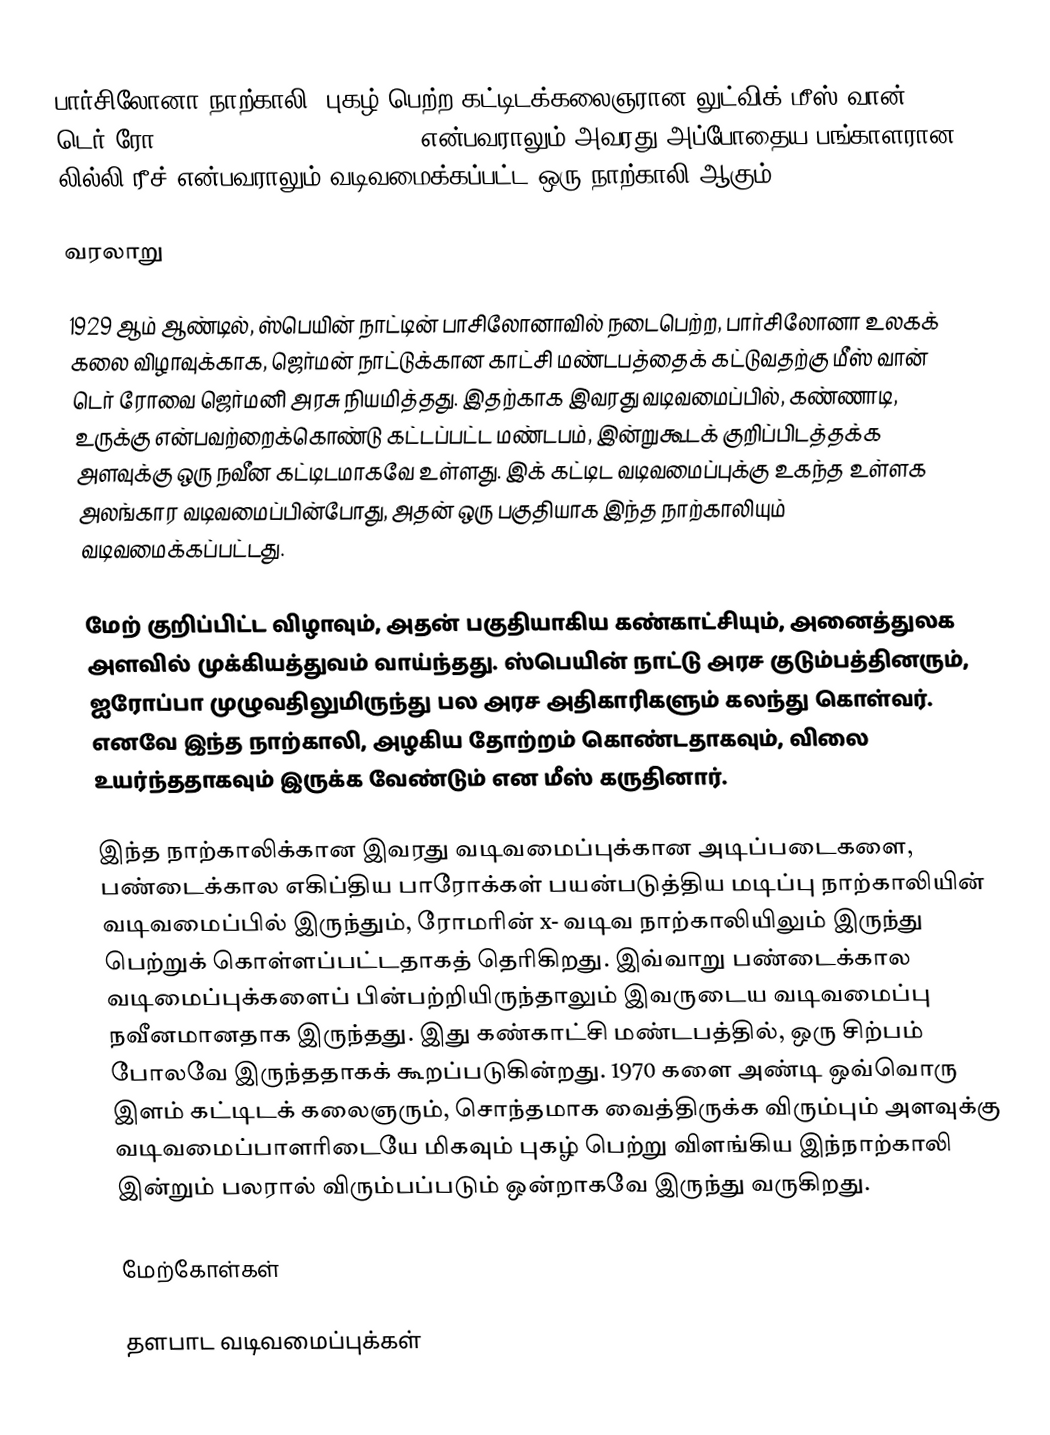
பார்சிலோனா நாற்காலி, புகழ் பெற்ற கட்டிடக்கலைஞரான லுட்விக் மீஸ் வான் டெர் ரோ (Ludwig Mies van der Rohe) என்பவராலும் அவரது அப்போதைய பங்காளரான லில்லி ரீச் என்பவராலும் வடிவமைக்கப்பட்ட ஒரு நாற்காலி ஆகும்.

வரலாறு

1929 ஆம் ஆண்டில், ஸ்பெயின் நாட்டின் பாசிலோனாவில் நடைபெற்ற, பார்சிலோனா உலகக் கலை விழாவுக்காக, ஜெர்மன் நாட்டுக்கான காட்சி மண்டபத்தைக் கட்டுவதற்கு மீஸ் வான் டெர் ரோவை ஜெர்மனி அரசு நியமித்தது. இதற்காக இவரது வடிவமைப்பில், கண்ணாடி, உருக்கு என்பவற்றைக்கொண்டு கட்டப்பட்ட மண்டபம், இன்றுகூடக் குறிப்பிடத்தக்க அளவுக்கு ஒரு நவீன கட்டிடமாகவே உள்ளது. இக் கட்டிட வடிவமைப்புக்கு உகந்த உள்ளக அலங்கார வடிவமைப்பின்போது, அதன் ஒரு பகுதியாக இந்த நாற்காலியும் வடிவமைக்கப்பட்டது.

மேற் குறிப்பிட்ட விழாவும், அதன் பகுதியாகிய கண்காட்சியும், அனைத்துலக அளவில் முக்கியத்துவம் வாய்ந்தது. ஸ்பெயின் நாட்டு அரச குடும்பத்தினரும், ஐரோப்பா முழுவதிலுமிருந்து பல அரச அதிகாரிகளும் கலந்து கொள்வர். எனவே இந்த நாற்காலி, அழகிய தோற்றம் கொண்டதாகவும், விலை உயர்ந்ததாகவும் இருக்க வேண்டும் என மீஸ் கருதினார்.

இந்த நாற்காலிக்கான இவரது வடிவமைப்புக்கான அடிப்படைகளை, பண்டைக்கால எகிப்திய பாரோக்கள் பயன்படுத்திய மடிப்பு நாற்காலியின் வடிவமைப்பில் இருந்தும், ரோமரின் x- வடிவ நாற்காலியிலும் இருந்து பெற்றுக் கொள்ளப்பட்டதாகத் தெரிகிறது. இவ்வாறு பண்டைக்கால வடிமைப்புக்களைப் பின்பற்றியிருந்தாலும் இவருடைய வடிவமைப்பு நவீனமானதாக இருந்தது. இது கண்காட்சி மண்டபத்தில், ஒரு சிற்பம் போலவே இருந்ததாகக் கூறப்படுகின்றது. 1970 களை அண்டி ஒவ்வொரு இளம் கட்டிடக் கலைஞரும், சொந்தமாக வைத்திருக்க விரும்பும் அளவுக்கு வடிவமைப்பாளரிடையே மிகவும் புகழ் பெற்று விளங்கிய இந்நாற்காலி இன்றும் பலரால் விரும்பப்படும் ஒன்றாகவே இருந்து வருகிறது.

மேற்கோள்கள்

தளபாட வடிவமைப்புக்கள்